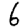
Digit: 6